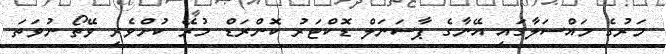
މަރުގެ މައްސަލާގައި އޭނާގެ ޕާސަނަލް ޑޮކްޓަރު ކޮންރަޑް މުރޭ ކުށްވެރި ވޭތޯ ނުވަތަ